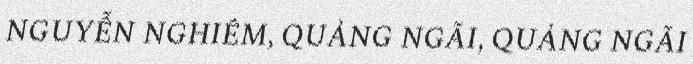
NGUYỄN NGHIÊM, QUẢNG NGÃI, QUẢNG NGÃI